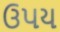
ઉપય